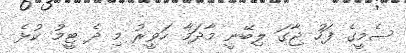
ސެމީގެ ފަހު ޖާގަ ލިބޭނީ މާދަމާ ހަވީރު މި ދެ ޓީމު ކުޅެ